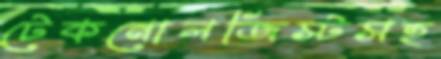
টেকনোলজিস্টসহ